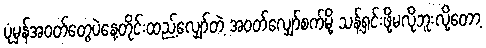
ပုံမှန်အဝတ်တွေပဲနေ့တိုင်းထည့်လျှော်တဲ့ အဝတ်လျှော်စက်မို့ သန့်ရှင်းဖို့မလိုဘူးလို့တော့